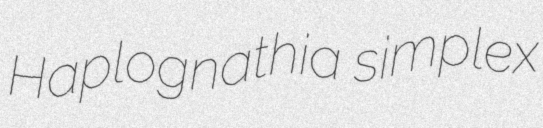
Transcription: Haplognathia simplex